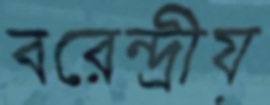
বরেন্দ্রীয়